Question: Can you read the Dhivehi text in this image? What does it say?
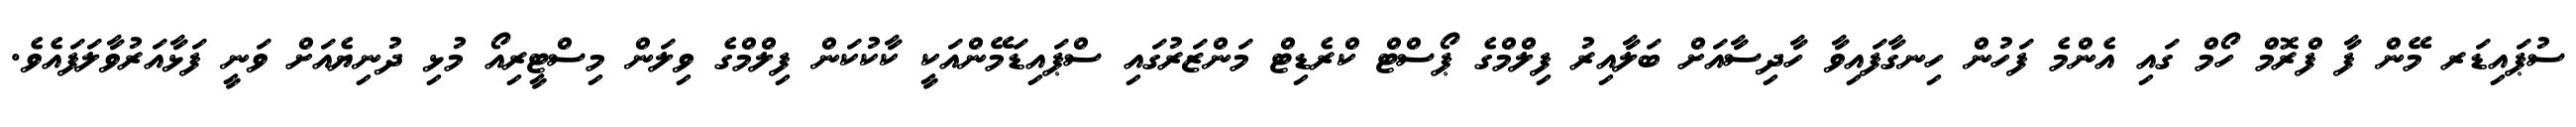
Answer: ސުޕައިޑަރ މޭން ފާ ފްރޮމް ހޯމް ގައި އެންމެ ފަހުން ހިނގާފައިވާ ހާދިސާއަށް ބަލާއިރު ފިލްމްގެ ޕޯސްޓް ކްރެޑިޓް މަންޒަރުގައި ސްޕައިޑަމޭންއަކީ ކާކުކަން ފިލްމްގެ ވިލަން މިސްޓީރިއޯ މުޅި ދުނިޔެއަށް ވަނީ ފަޅާއަރުވާލަފައެވެ.